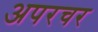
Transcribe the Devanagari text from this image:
अपरचर